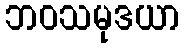
ဘဝသမုဒယာ